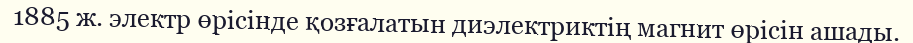
1885 ж. электр өрiсiнде қозғалатын диэлектриктiң магнит өрiсiн ашады.